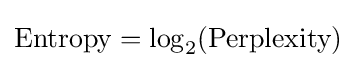
{\text{Entropy}}=\log _{2}({\text{Perplexity}})